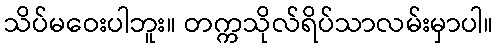
သိပ်မဝေးပါဘူး။ တက္ကသိုလ်ရိပ်သာလမ်းမှာပါ။